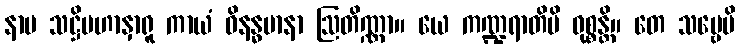
နာမ သဋ္ဌိမဟာနှာရူ ကာယံ ဝိနန္ဓမာနာ ဩတိဏ္ဏာ။ ယေ ကဏ္ဍရာတိပိ ဝုစ္စန္တိ။ တေ သဗ္ဗေပိ